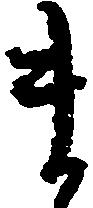
ま